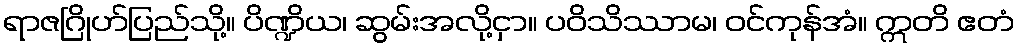
ရာဇဂြိုဟ်ပြည်သို့။ ပိဏ္ဍိယ၊ ဆွမ်းအလို့ငှာ။ ပဝိသိဿာမ၊ ဝင်ကုန်အံ။ ဣတိ ဧတံ